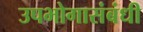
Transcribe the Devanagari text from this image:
उपभोगासंबंधी